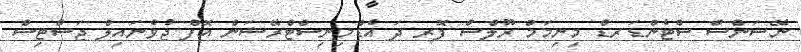
ނޭޝަންސް ސްޓެންޑަރޑް މިނިމަމް ރޫލްސް ފޮރ ދަ އެޑްމިނިސްޓްރޭޝަން އޮފް ޖުވެނައިލް ޖަސްޓިސް